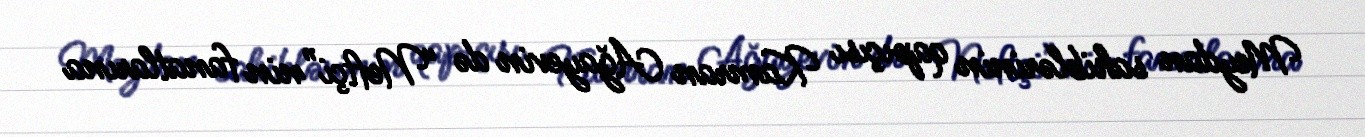
Meydan sahiblərinin qapıçısı Kamran Ağayevin də “Neftçi”nin fanatlarına